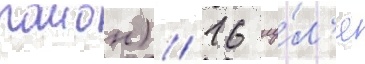
раион) // 16 иу́л'я